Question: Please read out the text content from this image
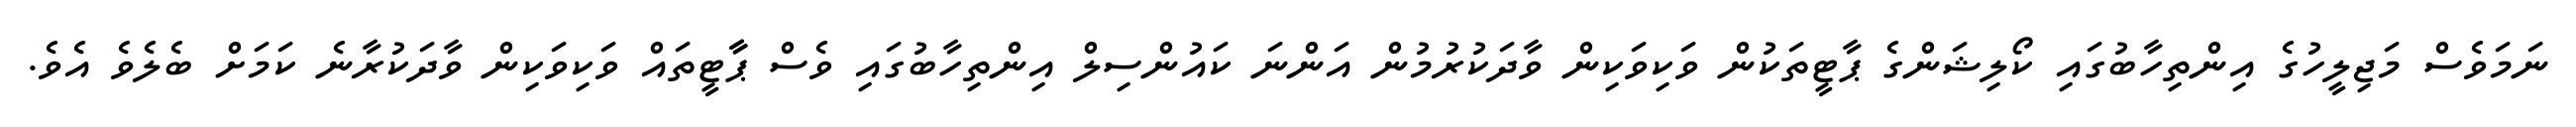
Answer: ނަމަވެސް މަޖިލީހުގެ އިންތިހާބުގައި ކޯލިޝަންގެ ޕާޓީތަކުން ވަކިވަކިން ވާދަކުރުމުން އަންނަ ކައުންސިލް އިންތިހާބުގައި ވެސް ޕާާޓީތައް ވަކިވަކިން ވާދަކުރާނެ ކަމަށް ބެލެވެ އެވެ.